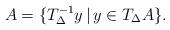
LaTeX: \begin{align*}A=\{T_\Delta^{-1}y\,|\,y\in T_\Delta A\}.\end{align*}